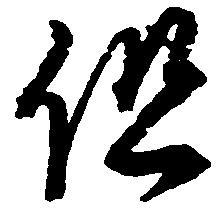
但